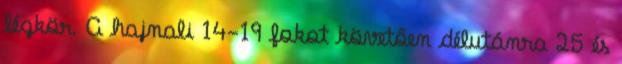
légkör. A hajnali 14-19 fokot követően délutánra 25 és